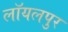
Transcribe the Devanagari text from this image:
लॉयलपुर